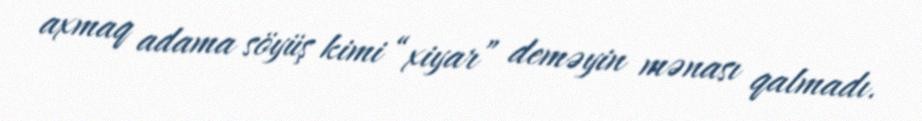
axmaq adama söyüş kimi “xiyar” deməyin mənası qalmadı.